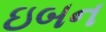
ઇબન